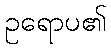
ဥရောပ၏